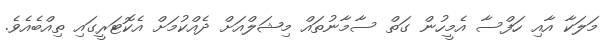
މަލަކާ އާއި ހަފްސާ އެމީހުން ގަތް ސާމާނުތައް މިޝަލްއަށް ދެއްކުމަށް އެކޮޓަރީގައި ތިއްބެއެވެ.